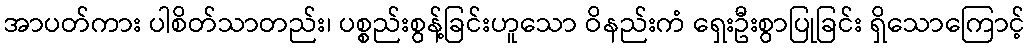
အာပတ်ကား ပါစိတ်သာတည်း၊ ပစ္စည်းစွန့်ခြင်းဟူသော ဝိနည်းကံ ရှေးဦးစွာပြုခြင်း ရှိသောကြောင့်